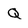
Character: Q